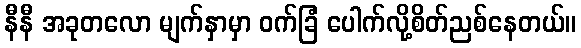
နီနီ အခုတလော မျက်နှာမှာ ဝက်ခြံ ပေါက်လို့စိတ်ညစ်နေတယ်။